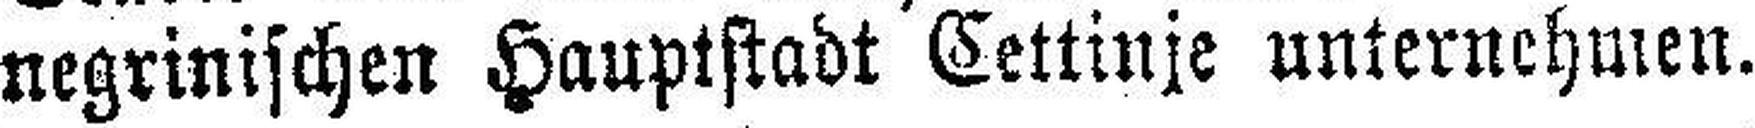
negrinischen Hauptstadt Cettinje unternehmen.